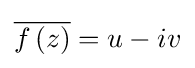
{\overline {f\left(z\right)}}=u-iv